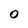
Character: 0